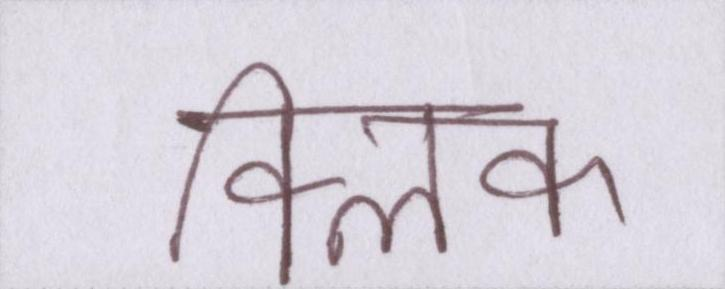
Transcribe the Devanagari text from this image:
क्लिक